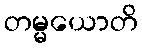
တမ္မယောတိ